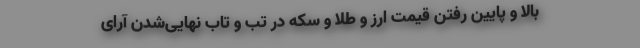
بالا و پایین رفتن قیمت ارز و طلا و سکه در تب و تاب نهایی‌شدن آرای